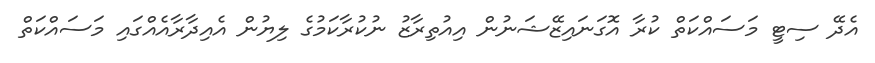
އެދޭ ސިޓީ މަސައްކަތް ކުރާ އޮގަނައިޒޭޝަނުން އިއުތިރާޒު ނުކުރާކަމުގެ ލިޔުން އެއިދާރާއެއްގައި މަސައްކަތް